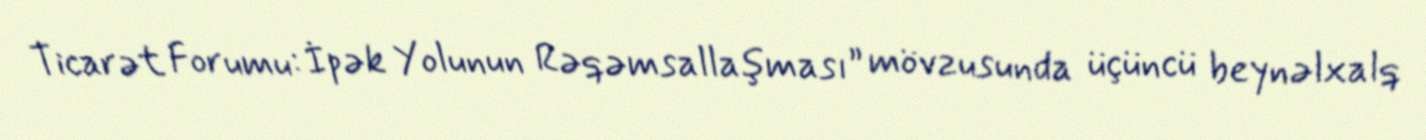
Ticarət Forumu: İpək Yolunun Rəqəmsallaşması” mövzusunda üçüncü beynəlxalq